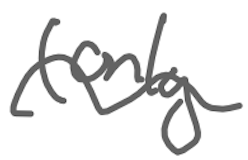
Text: (only
Cross-out: wave
Writing tool: digital_gray